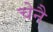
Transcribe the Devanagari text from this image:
चेनै